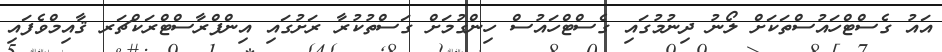
އައު ގެސްޓްހައުސްތަކަށް ލޯނު ދިނުމުގައި ގެސްޓްހައުސް ހިންގުމަށް ގަސްތުކުރާ ރަށުގައި އިންފްރާސްޓްރަކްޗަރ ޤާއިމްވެފައި